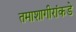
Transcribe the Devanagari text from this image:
तमाशागीरांकडे